Civil Veterinary Dept. Bombay admin report 1900-1906 - 1900-1906
Year: 1900
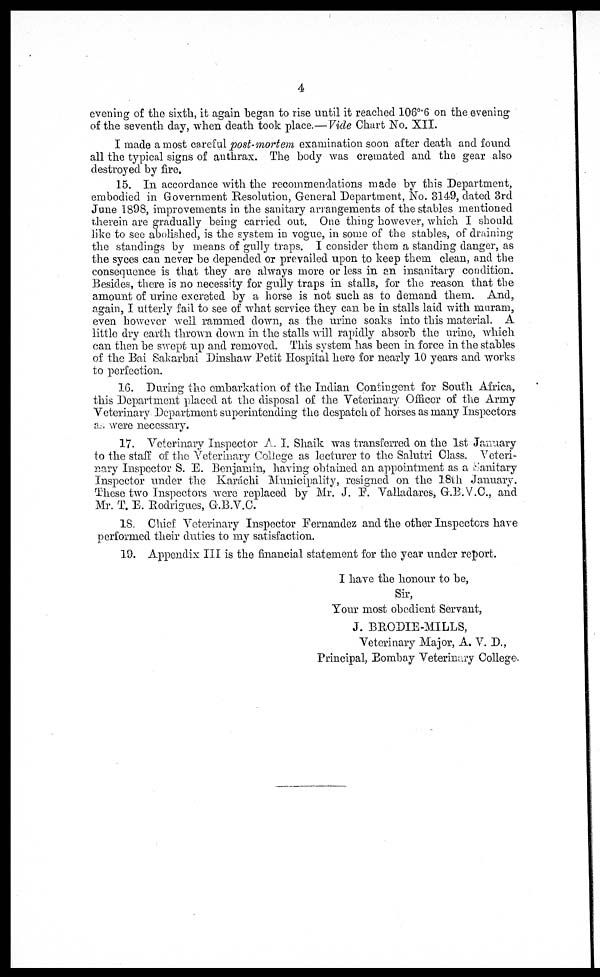
4
evening of the sixth, it again began to rise until it reached 106º.6 on the evening
of the seventh day, when death took place.—Vide Chart No. XII.
I made a most careful post-mortem examination soon after death and found
all the typical signs of anthrax. The body was cremated and the gear also
destroyed by fire.
15. In accordance with the recommendations made by this Department,
embodied in Government Resolution, General Department, No. 3149, dated 3rd
June 1898, improvements in the sanitary arrangements of the stables mentioned
therein are gradually being carried out. One thing however, which I should
like to see abolished, is the system in vogue, in some of the stables, of draining
the standings by means of gully traps. I consider them a standing danger, as
the syces can never be depended or prevailed upon to keep them clean, and the
consequence is that they are always more or less in an insanitary condition.
Besides, there is no necessity for gully traps in stalls, for the reason that the
amount of urine excreted by a horse is not such as to demand them. And,
again, I utterly fail to see of what service they can be in stalls laid with muram,
even however well rammed down, as the urine soaks into this material. A
little dry earth thrown down in the stalls will rapidly absorb the urine, which
can then be swept up and removed. This system has been in force in the stables
of the Bai Sakarbai Dinshaw Petit Hospital here for nearly 10 years and works
to perfection.
16. During the embarkation of the Indian Contingent for South Africa,
this Department placed at the disposal of the Veterinary Officer of the Army
Veterinary Department superintending the despatch of horses as many Inspectors
an were necessary.
17. Veterinary Inspector A. I. Shaik was transferred on the 1st January
to the staff of the Veterinary College as lecturer to the Salutri Class. Veteri-
nary Inspector S. E. Benjamin, having obtained an appointment as a Sanitary
Inspector under the Karáchi Municipality, resigned on the 18th January.
These two Inspectors were replaced by Mr. J. F. Valladares, G.B.V.C., and
Mr. T. E. Rodrigues, G.B.V.C.
18. Chief Veterinary Inspector Fernandez and the other Inspectors have
performed their duties to my satisfaction.
19. Appendix III is the financial statement for the year under report.
I have the honour to be,
Sir,
Your most obedient Servant,
J. BRODIE-MILLS,
Veterinary Major, A. V. D.,
Principal, Bombay Veterinary College.